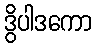
ဒွိပါဒကော